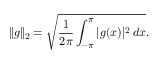
\| g \| _ { 2 } = { \sqrt { { \frac { 1 } { 2 \pi } } \int _ { - \pi } ^ { \pi } | g ( x ) | ^ { 2 } \, d x } } .